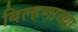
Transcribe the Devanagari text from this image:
बिल्हणाच्या